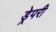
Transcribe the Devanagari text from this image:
ड्रेपरी